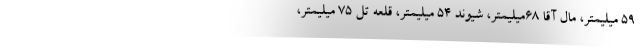
۵۹ میلیمتر، مال آقا ۶۸میلیمتر، شیوند ۵۴ میلیمتر، قلعه تل ۷۵ میلیمتر،